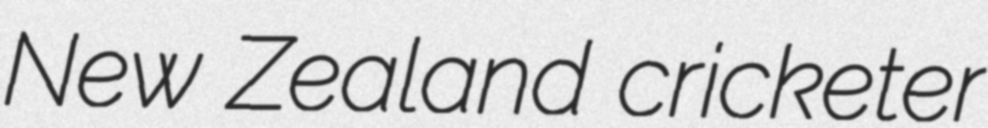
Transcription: New Zealand cricketer